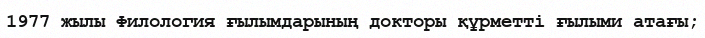
1977 жылы Филология ғылымдарының докторы құрметті ғылыми атағы;